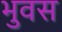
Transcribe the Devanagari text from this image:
भुवस